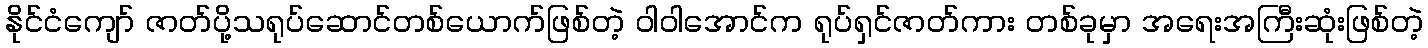
နိုင်ငံကျော် ဇာတ်ပို့သရုပ်ဆောင်တစ်ယောက်ဖြစ်တဲ့ ဝါဝါအောင်က ရုပ်ရှင်ဇာတ်ကား တစ်ခုမှာ အရေးအကြီးဆုံးဖြစ်တဲ့